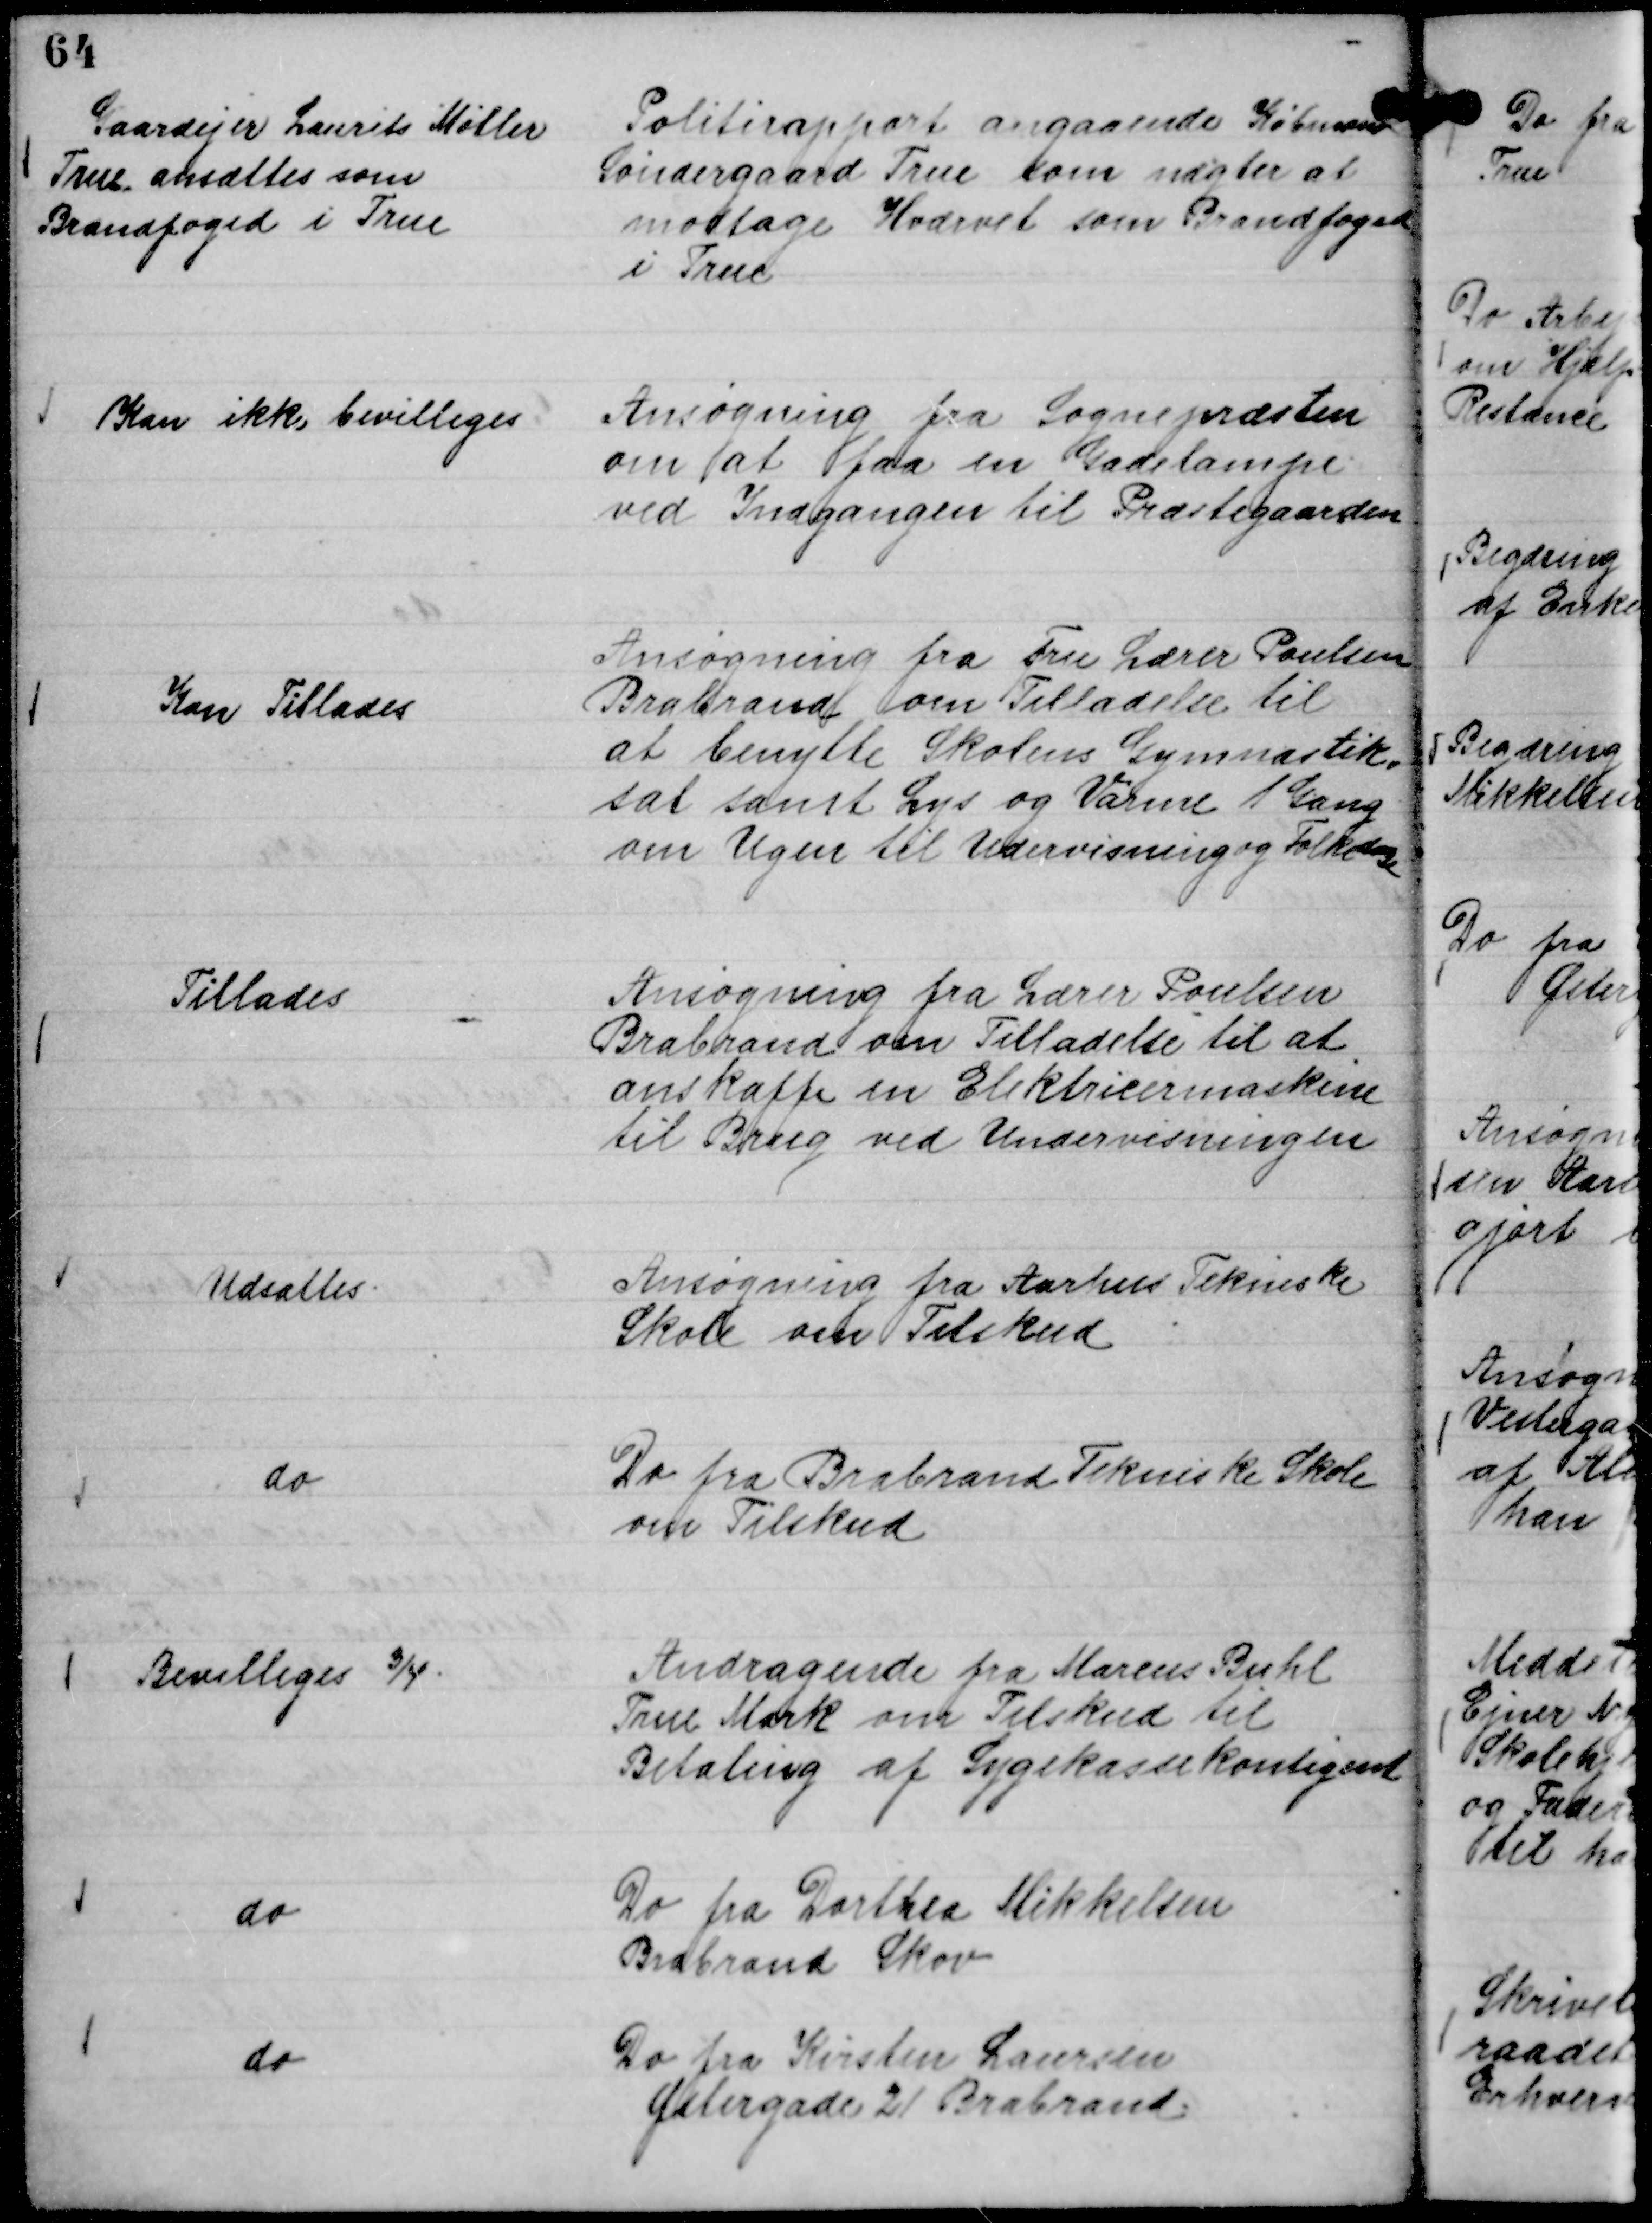
Transskription:
Politirapport angaaende Købmand
Søndergaard True som nægter at
modtage Hværvet som Brandfoged
i True

Gaardejer Laurits Møller
True ansættes som
Brandfoged i True

Ansøgning fra Sognepræsten
om at faa en Gadelampe
ved Indgangen til Præstegaarden

Kan ikke bevilliges

Ansøgning fra Fru Lærer Poulsen
Brabrand om Tilladelse til
at benytte Skolens Gymnastik,,
sal samt Lys og Varme 1 Gang
om Ugen til Undervisning og Folkedanse

Kan Tillades

Ansøgning fra Lærer Poulsen
Brabrand om Tilladelse til at
anskaffe en Elektricermaskine
til Brug ved Undervisningen

Tillades

Ansøgning fra Aarhus Tekniske
Skole om Tilskud

Udsættes.

Do fra Brabrand Tekniske Skole
om Tilskud

do

Andragende fra Marius Buhl
True Mark om Tilskud til
Betaling af Sygekassekontigent

Bevilliges ¾.

Do fra Dorthea Mikkelsen
Brabrand Skov

do

Do fra Kirsten Laursen
Østergade 21 Brabrand.

do